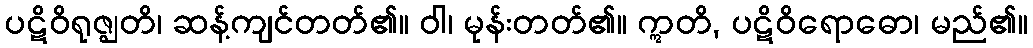
ပဋိဝိရုဇ္ဈတိ၊ ဆန့်ကျင်တတ်၏။ ဝါ၊ မုန်းတတ်၏။ ဣတိ, ပဋိဝိရောဓော၊ မည်၏။